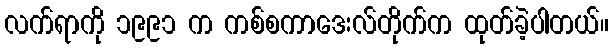
လက်ရာကို ၁၉၉၁ က ကစ်စကာဒေးလ်တိုက်က ထုတ်ခဲ့ပါတယ်။